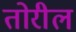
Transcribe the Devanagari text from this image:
तोरील